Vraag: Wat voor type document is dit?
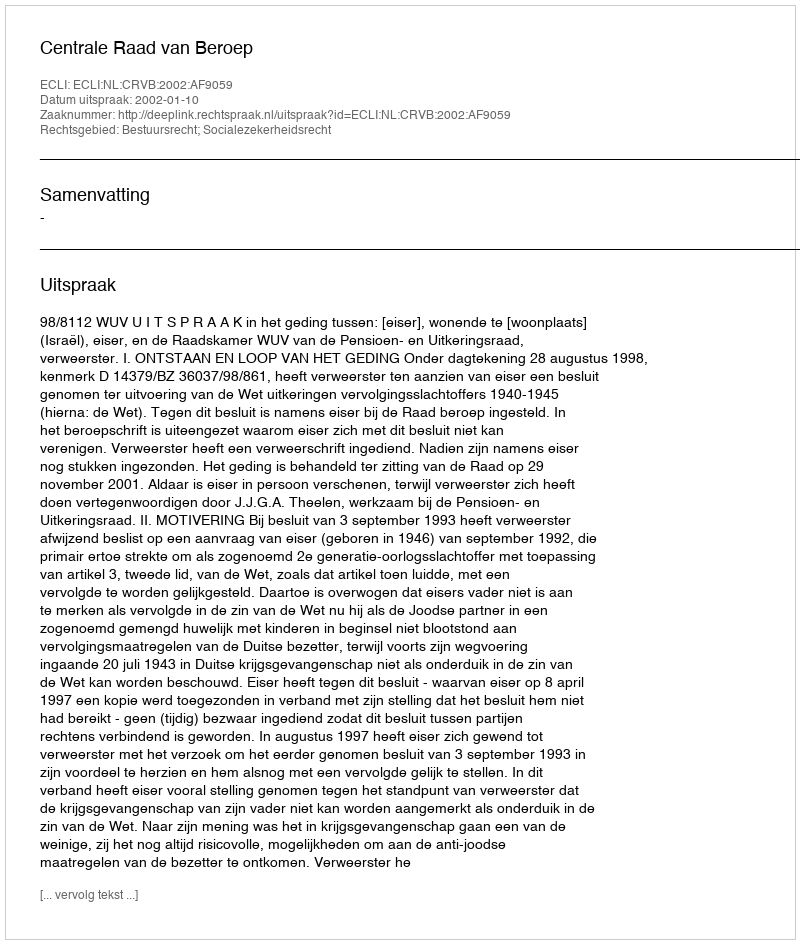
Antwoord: Uitspraak